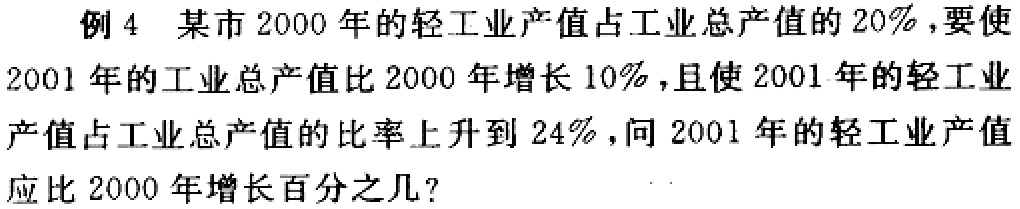
例4 某市2000年的轻工业产值占工业总产值的20%，要使2001年的工业总产值比2000年增长10%，且使2001年的轻工业产值占工业总产值的比率上升到24%，问2001年的轻工业产值应比2000年增长百分之几？